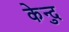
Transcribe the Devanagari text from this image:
केन्दु